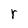
Character: r